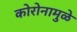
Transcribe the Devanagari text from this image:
कोरोनामुळे